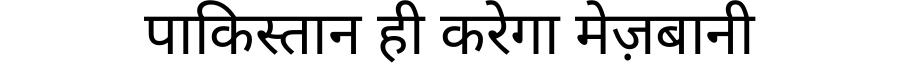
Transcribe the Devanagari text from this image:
पाकिस्तान ही करेगा मेज़बानी